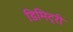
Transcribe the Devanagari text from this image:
डिमिट्री